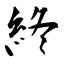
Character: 終